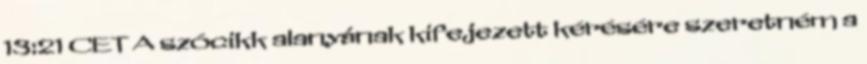
13:21 CET A szócikk alanyának kifejezett kérésére szeretném a